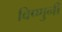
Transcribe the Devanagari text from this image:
विष्णुनी